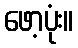
ဖော့ပုံး။